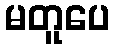
မတူပေ